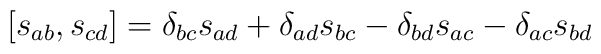
[s_{ab},s_{cd}]=\delta_{bc}s_{ad}+\delta_{ad}s_{bc}-\delta_{bd}s_{ac}-\delta_{ac}s_{bd}